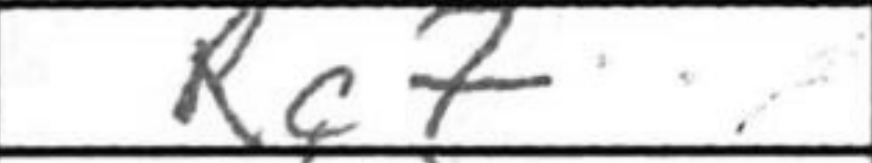
Transcription: Rc7